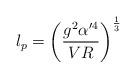
LaTeX: \begin{align*}l_p = \left(\frac{g^2 \alpha'^4}{VR}\right)^{\frac{1}{3}}\end{align*}